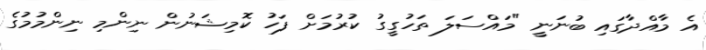
އެ މާއްދާގައި ބުނަނީ "މައްސަލަ ތަހުގީގު ކުރުމަށް ފަހު ކޮމިޝަނުން ނިންމި ނިންމުމުގެ